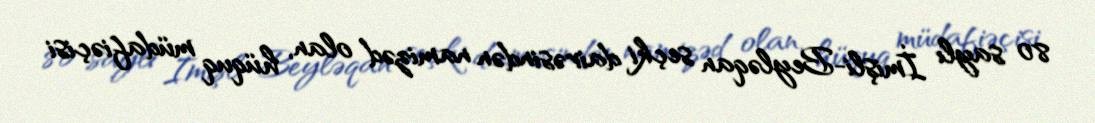
80 saylı İmişli-Beyləqan seçki dairəsindən namizəd olan, hüquq müdafiəçisi